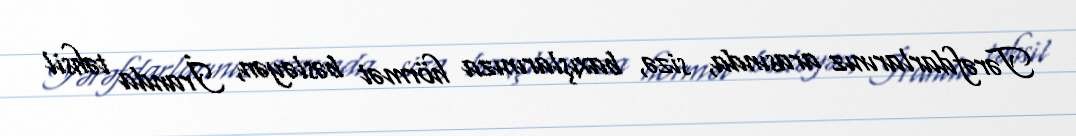
Tərəfdarlarınız arasında, sizə, baxışlarınıza hörmət bəsləyən, İranda təhsil